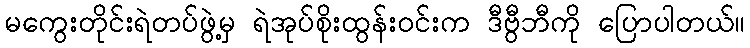
မကွေးတိုင်းရဲတပ်ဖွဲ့မှ ရဲအုပ်စိုးထွန်းဝင်းက ဒီဗွီဘီကို ပြောပါတယ်။